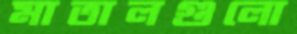
মাতালগুলো